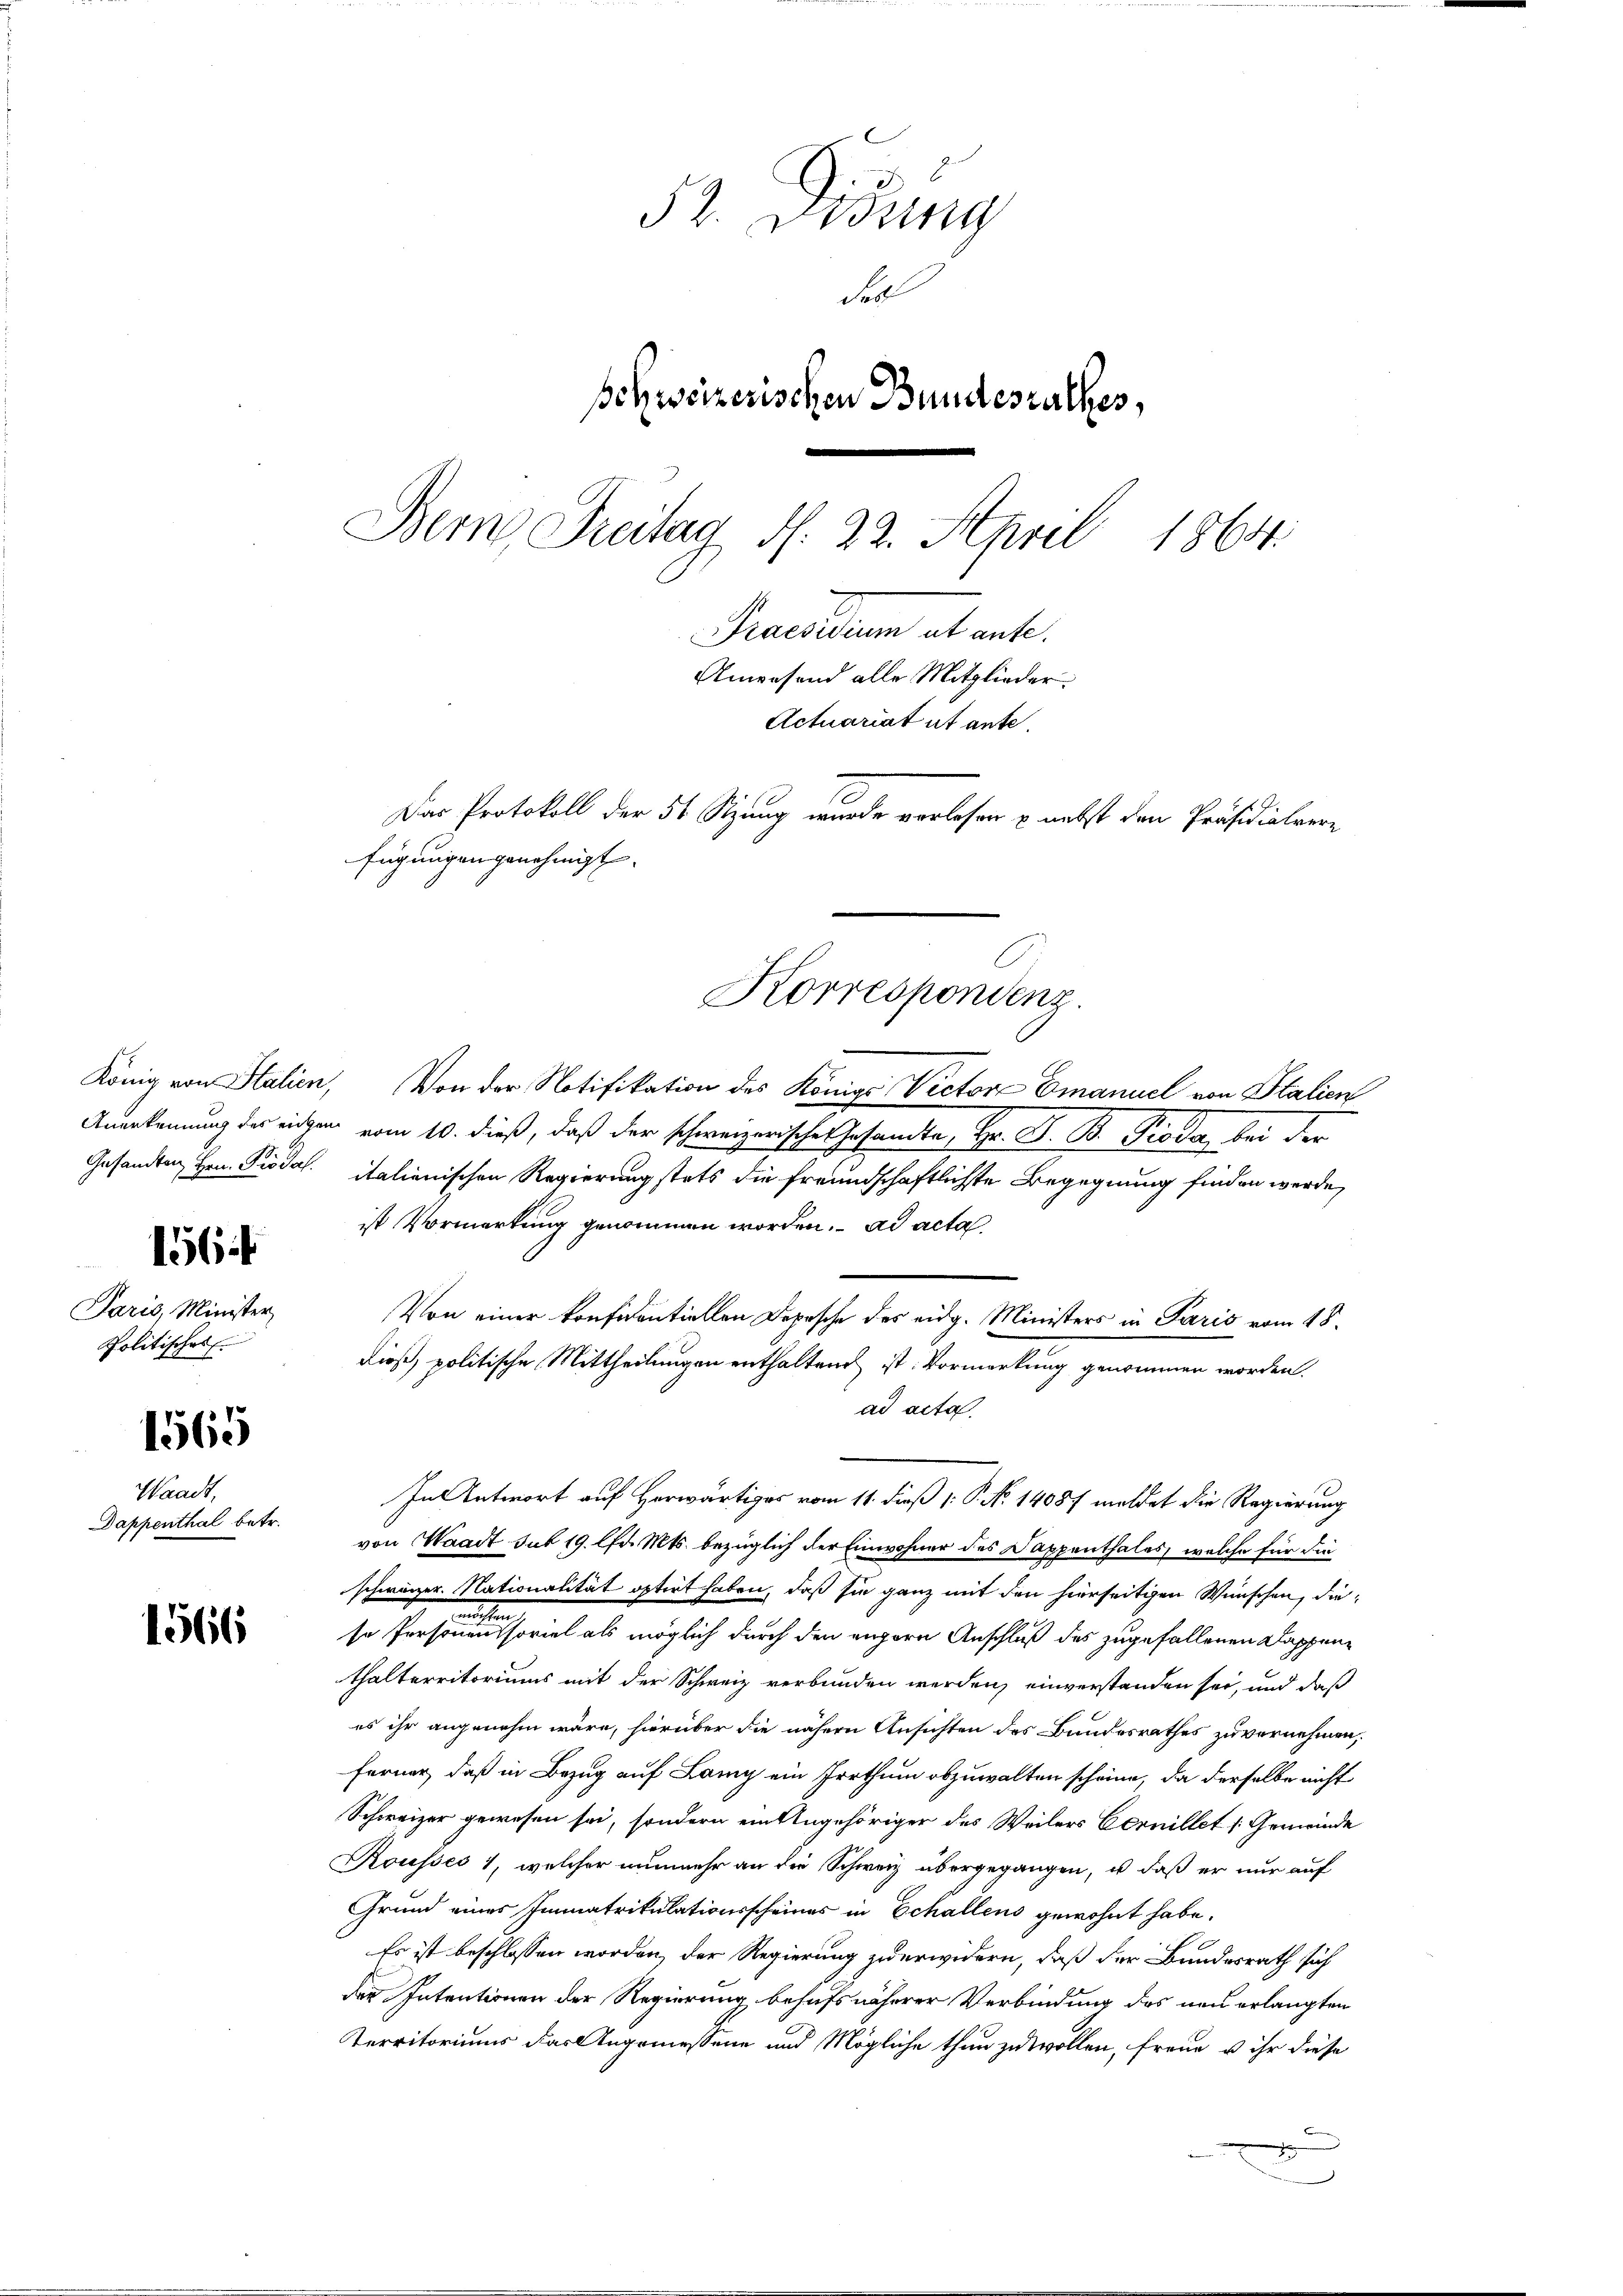
156

Paris, Minister,
Politisches

1565

Waadt,
Dappenthal betr.

1566

32. Didung
der
schweizerischen Bundesrathes,
Bern Freitag d. 22. April 1864.
Praesidium et ente.
Anwesend alle Mitglieder
Actuariat ut ante.
Das Protokoll der 51 Szung wurde vorlesen u. nebst den Präsidialvere
fügungen genehmigt.

König von Stalien, Von der Notifikation des Königl. Victore Emanuel von Italien
Anerkennung der eigen vom 10. dieß, daß der schweizerische Gesandte, Hr. F. B. Pioda bei der
Gesandten Hrn. Prodel. italienischen Regierung stets die freundschaftlichste Begegnung finden werde,
ist Vormarkung genommen worden. ad acta
Von einer konfidentiellen Depesche des eidg. Ministers in Paris vom 18.
dieß, politische Mittheilungen enthaltend ist. Vormerkung genommen worden.
ad acta.
In Antwort auf Herwärtiges vom 11. dieß v. P. No. 14087 meldet die Regierung
von Waadt sub 19. Chr. Mts. bezüglich der Einwohner des Dappenthales, welche für die
schweizer. Nationalität optirt haben, daß sie ganz mit den hierseitigen Wünschen, dienten
so Personen eine soviel als möglich durch den engern Anschluß des zugefallenen Dappenthalterritoriums mit der Schweiz verbunden werden, einverstanden sei, und daß
es ihr angenehm wäre, hierüber die nähern Ansichten des Bandesrathes zu vernehmen,
ferner, daß in Bezug auf Lang ein Irrthum abzuwalten scheine, da derselbe nicht
Schweizer gewesen sei, sondern ein Angehöriger des Weilers Cernillet [Gemeinde
Rousses 1, welcher nunmehr an die Schweiz übergegangen, u. daß er nur auf
Grund eines Immatrikulationsscheines in Echallens gewohnt habe.

Es ist beschlossen worden, der Regierung zu erwidern, daß der Bundesrath sich
den Intentionen der Regierung behufs näherer Verbindung des neu erlangten
Territoriums das Angemessene und Mögliche thun zu wollen, freue u ihr diese

C
Korrespondenz.